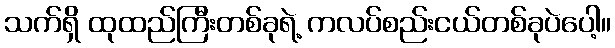
သက်ရှိ ထုထည်ကြီးတစ်ခုရဲ့ ကလပ်စည်းငယ်တစ်ခုပဲပေါ့။